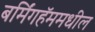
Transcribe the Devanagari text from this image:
बर्मिंगहॅममधील